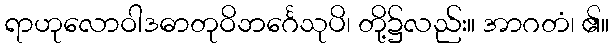
ရာဟုလောဝါဒဓာတုဝိဘင်္ဂေသုပိ၊ တို့၌လည်း။ အာဂတံ၊ ၏။